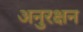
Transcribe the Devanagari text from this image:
अनुरक्षन